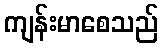
ကျန်းမာစေသည်